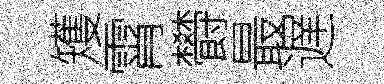
矱霄欎最遅